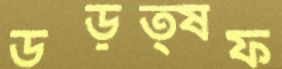
ডড়ত্ষফ